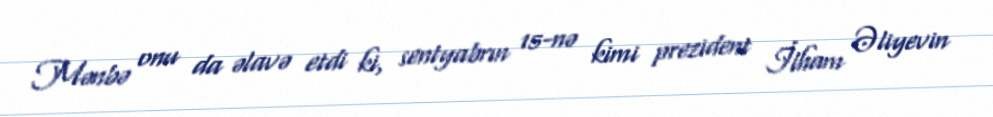
Mənbə onu da əlavə etdi ki, sentyabrın 15-nə kimi prezident İlham Əliyevin